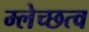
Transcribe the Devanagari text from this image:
म्लेच्छत्व